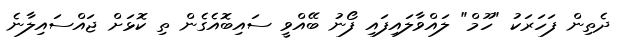
ދެތިން ފަހަރަކު "ހޫމް" ލައްވާލައިފައި ފޯނު ބޭއްވީ ސައިބޮއެގެން ތި ކޮޅަށް ޖައްސައިލާނެ